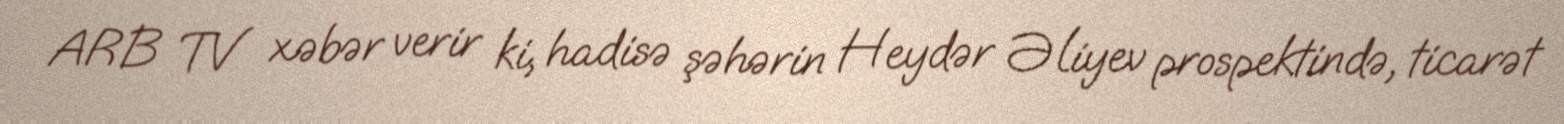
ARB TV xəbər verir ki, hadisə şəhərin Heydər Əliyev prospektində, ticarət